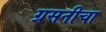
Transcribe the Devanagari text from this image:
ग्रसनीचा